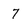
Character: 7